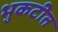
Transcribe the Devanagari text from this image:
भुकटीत